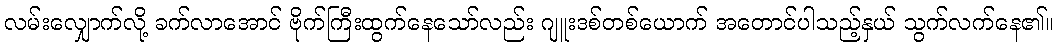
လမ်းလျှောက်လို့ ခက်လာအောင် ဗိုက်ကြီးထွက်နေသော်လည်း ဂျူးဒစ်တစ်ယောက် အတောင်ပါသည့်နှယ် သွက်လက်နေ၏။